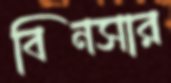
বিনসার